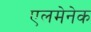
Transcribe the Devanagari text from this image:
एलमेनेक